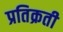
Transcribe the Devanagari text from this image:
प्रतिक्रती